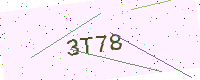
Text: 3T78